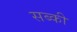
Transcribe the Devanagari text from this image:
सब्की